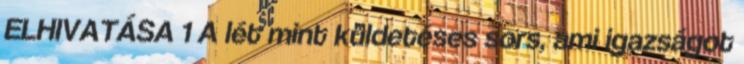
ELHIVATÁSA 1 A lét mint küldetéses sors, ami igazságot